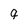
Character: q